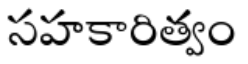
సహకారిత్వం